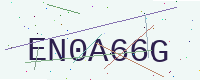
Text: EN0A66G